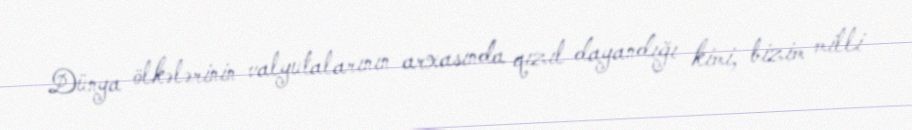
Dünya ölkələrinin valyutalarının arxasında qızıl dayandığı kimi, bizim milli